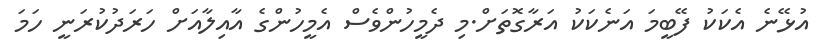
އުޅޭނެ އެކަކު ފޭބީމަ އަނެކަކު އަރާގޮތަށް.މި ދެމީހުންވެސް އެމީހުންގެ އާއިލާއަށް ހަރަދުކުރަނީ ހަމަ